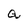
Character: a